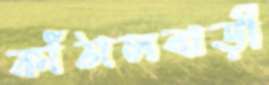
কাঁঠালবাড়ী